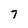
Character: 7